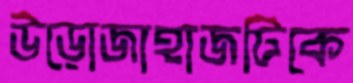
উড়োজাহাজটিকে